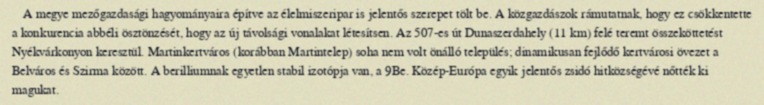
A megye mezőgazdasági hagyományaira építve az élelmiszeripar is jelentős szerepet tölt be. A közgazdászok rámutatnak, hogy ez csökkentette a konkurencia abbéli ösztönzését, hogy az új távolsági vonalakat létesítsen. Az 507-es út Dunaszerdahely (11 km) felé teremt összeköttetést Nyékvárkonyon keresztül. Martinkertváros (korábban Martintelep) soha nem volt önálló település; dinamikusan fejlődő kertvárosi övezet a Belváros és Szirma között. A berilliumnak egyetlen stabil izotópja van, a 9Be. Közép-Európa egyik jelentős zsidó hitközségévé nőtték ki magukat.